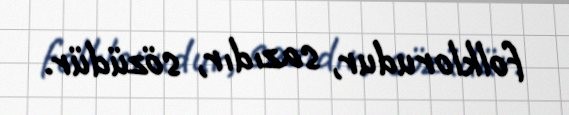
folklorudur, sazıdır, sözüdür.